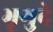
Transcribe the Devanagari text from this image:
भृगुदे